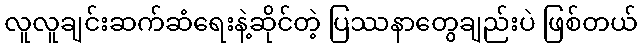
လူလူချင်းဆက်ဆံရေးနဲ့ဆိုင်တဲ့ ပြဿနာတွေချည်းပဲ ဖြစ်တယ်